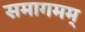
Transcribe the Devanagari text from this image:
समागमम्